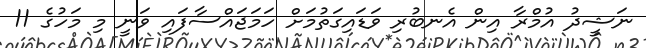
ނަޝީދު އުމްރާ އިން އެނބުރި ވަޑައިގަތުމަށް ހަމަޖައްސާފައި ވަނީ މި މަހުގެ 11